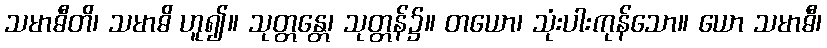
သမာဓီတိ၊ သမာဓိ ဟူ၍။ သုတ္တန္တေ၊ သုတ္တန်၌။ တယော၊ သုံးပါးကုန်သော။ ယော သမာဓီ၊